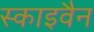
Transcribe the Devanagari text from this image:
स्काइवैन